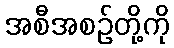
အစီအစဉ်တို့ကို